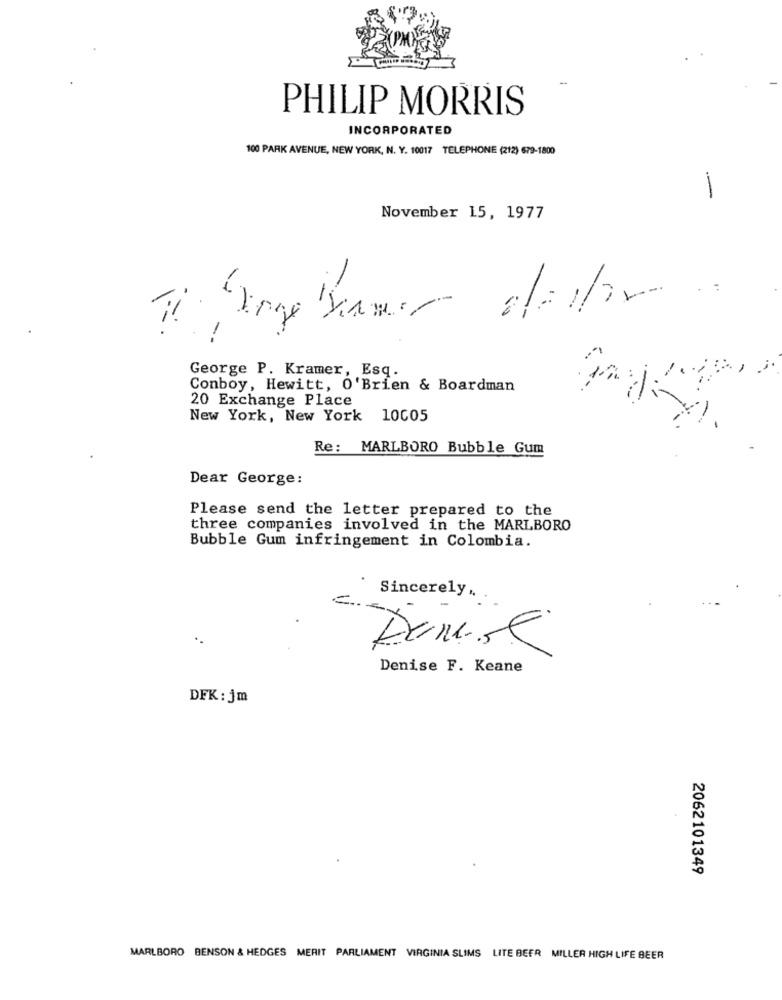
PHILIP MORRIS
INCORPORATED
100 PARK AVENUE, NEW YORK, N. Y. 10017 TELEPHONE (212) 679-1800
-
November 15, 1977
Tinge Damer
-
George P. Kramer, Esq.
Conboy, Hewitt, O'Brien & Boardman
20 Exchange Place
New York, New York 10005
Re: MARLBORO Bubble Gum
Dear George:
Please send the letter prepared to the
three companies involved in the MARLBORO
Bubble Gum infringement in Colombia.
Sincerely ...
Denise F. Keane
DFK: jm
2062101349
MARLBORO BENSON & HEDGES MERIT PARLIAMENT VIRGINIA SLIMS LITE BEER MILLER HIGH LIFE BEER